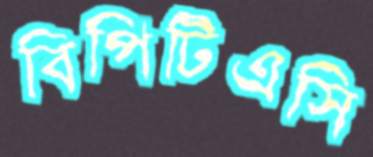
বিপিটিএসি